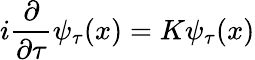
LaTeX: i\frac{\partial}{\partial\tau}\psi_{\tau}(x)=K\psi_{\tau}(x)